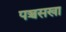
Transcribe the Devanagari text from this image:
पञ्चसखा